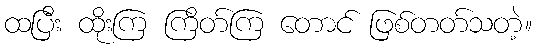
ထပြီး ထိုးကြ ကြိတ်ကြ တောင် ဖြစ်တတ်သတဲ့။